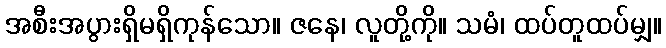
အစီးအပွားရှိမရှိကုန်သော။ ဇနေ၊ လူတို့ကို။ သမံ၊ ထပ်တူထပ်မျှ။